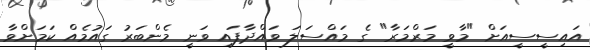
އައިސީސީއަށް "މާވީ މަރްމަރާ" ގެ މައްސަލަ ވައްދާފައި ވަނީ މެންބަރު ގައުމެއް ކަމަށްވާ